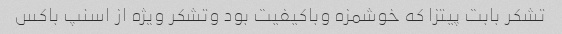
تشکر بابت پیتزا که خوشمزه وباکیفیت بود وتشکر ویژه از اسنپ باکس